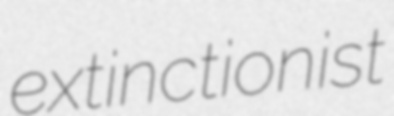
extinctionist